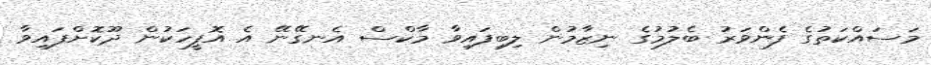
މަސައްކަތުގެ ފެންވަރު ބެލުމުގެ ނިޒާމުން ލިބިފައިވާ މާކްސް އެނގޭނޭ އެ އޮފީހަކުން ދޫކޮށްފައިވާ